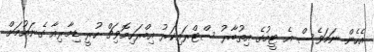
އެހެން ނަމަވެސް އެ ޓީމުގެ އިތުބާރު ސްޓްރައިކަރު އިބްރަހިމޮވިޗް ހުރީ ޑިމާރިއާ ގެނައުމަށް